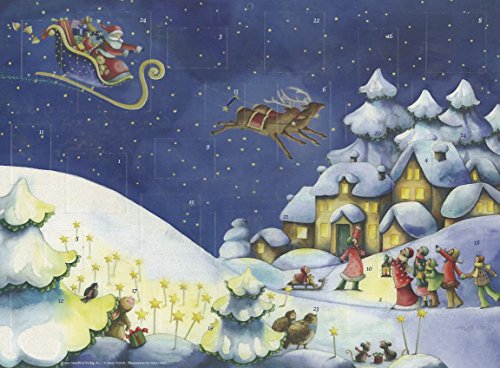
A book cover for Christmas Wishes Advent Calendar; Nina Chen; Calendars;